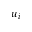
u _ { i }